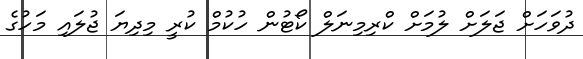
ދުވަހަށް ޖަލަށް ލުމަށް ކްރިމިނަލް ކޯޓުން ހުކުމް ކުރީ މިދިޔަ ޖުލައި މަހުގެ